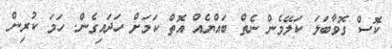
ކޮސް ގޮވާބަލަ ކަލޭމެން ނެތް ބައްޔެއް އޮތް ކަމަށް ހަދައިގެން. ހަމަ ކުރިން